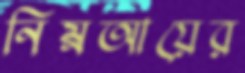
নিম্নআয়ের